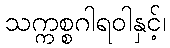
သက္ကစ္စဂါရဝါနှင့်၊